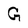
Character: G